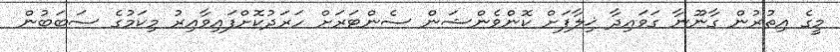
މީގެ އިތުރުން ގާނޫނާ ގަވައިދާ ޚިލާފަށް ކޮންވެންޝަން ސެންޓަރަށް ހަރަދުކޮށްފައިވާއިރު މިކަމުގެ ސަބަބުން